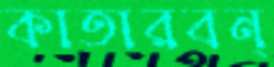
কাতারবন্